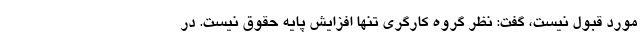
مورد قبول نیست، گفت: نظر گروه کارگری تنها افزایش پایه حقوق نیست. در